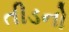
તીડનો